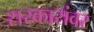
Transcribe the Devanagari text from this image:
सरकारांवर